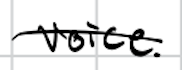
Text: voice.
Cross-out: single-line
Writing tool: digital_black